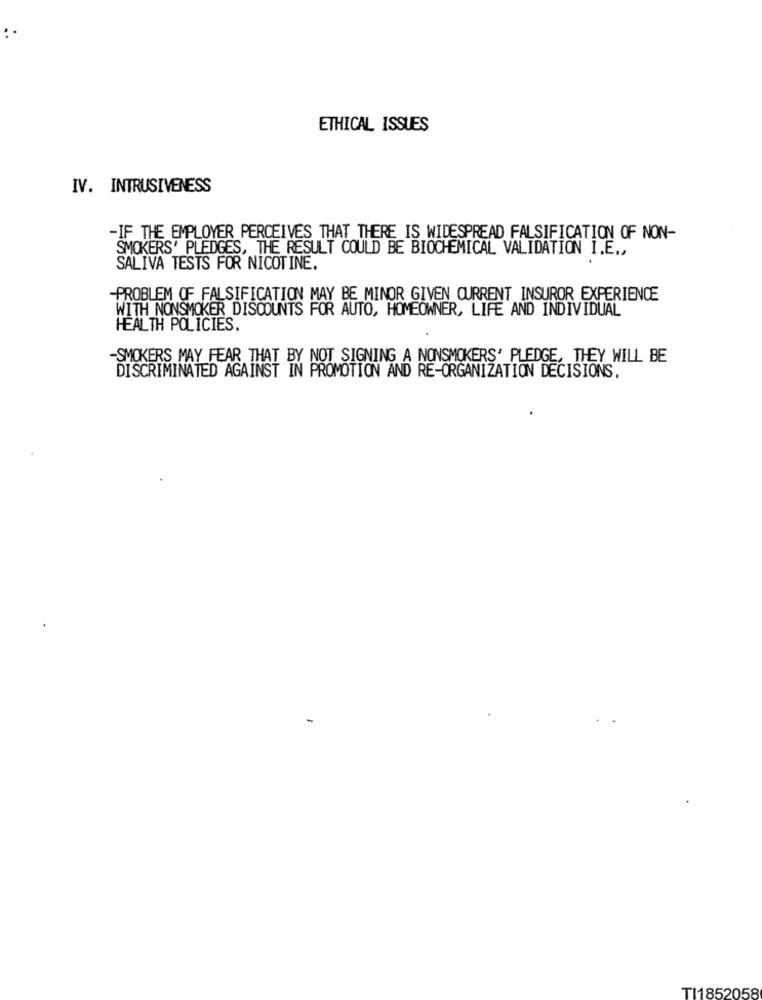
ETHICAL ISSUES
IV. INTRUSIVENESS
-IF THE EMPLOYER PERCEIVES THAT THERE IS WIDESPREAD FALSIFICATION OF NON-
SMOKERS' PLEDGES, THE RESULT COULD BE BIOCHEMICAL VALIDATION I.E .,
SALIVA TESTS FOR NICOTINE.
PROBLEM OF FALSIFICATION MAY BE MINOR GIVEN CURRENT INSUROR EXPERIENCE
WITH NONSMOKER DISCOUNTS FOR AUTO, HOMEOWNER, LIFE AND INDIVIDUAL
HEALTH POLICIES.
-SMOKERS MAY FEAR THAT BY NOT SIGNING A NONSMOKERS' PLEDGE, THEY WILL BE
DISCRIMINATED AGAINST IN PROMOTION AND RE-ORGANIZATION DECISIONS.
TI1852058